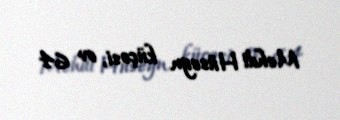
Mehdi Hüseyn küçəsi, ev 64